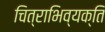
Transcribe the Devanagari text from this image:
चित्राभिव्यक्ति